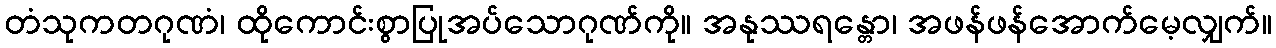
တံသုကတဂုဏံ၊ ထိုကောင်းစွာပြုအပ်သောဂုဏ်ကို။ အနုဿရန္တော၊ အဖန်ဖန်အောက်မေ့လျှက်။